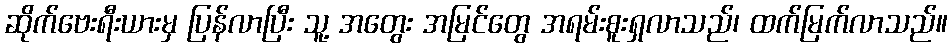
ဆိုက်ဗေးရီးယားမှ ပြန်လာပြီး သူ့ အတွေး အမြင်တွေ အရမ်းစူးရှလာသည်၊ ထက်မြက်လာသည်။